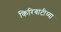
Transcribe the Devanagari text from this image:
किरिबाटीच्या